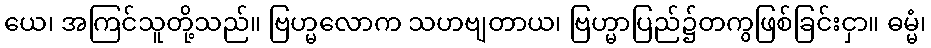
ယေ၊ အကြင်သူတို့သည်။ ဗြဟ္မလောက သဟဗျတာယ၊ ဗြဟ္မာပြည်၌တကွဖြစ်ခြင်းငှာ။ ဓမ္မံ၊